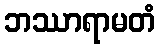
ဘဿာရာမတံ